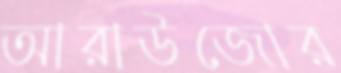
আরাউজোর